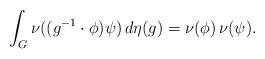
LaTeX: \begin{align*}\int_G \nu((g^{-1} \cdot \phi) \psi) \, d\eta(g) = \nu(\phi) \, \nu(\psi).\end{align*}